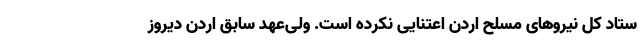
ستاد کل نیروهای مسلح اردن اعتنایی نکرده است. ولی‌عهد سابق اردن دیروز